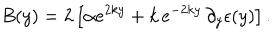
B ( y ) = 2 \left[ \alpha e ^ { 2 k y } + k \, e ^ { - 2 k y } \, \partial _ { y } \epsilon ( y ) \right] .